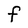
Character: F